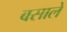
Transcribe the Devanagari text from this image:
बसाले